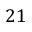
2 1